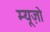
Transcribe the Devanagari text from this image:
म्यूज़ो